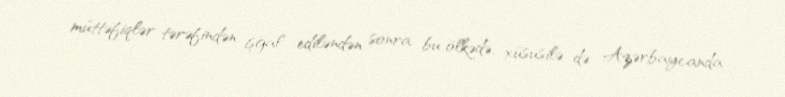
müttəfiqlər tərəfindən işğal ediləndən sonra bu ölkədə, xüsusilə də Azərbaycanda